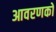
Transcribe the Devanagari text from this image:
आवरणको